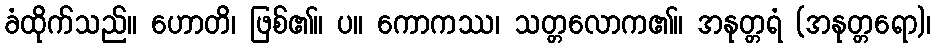
ခံထိုက်သည်။ ဟောတိ၊ ဖြစ်၏။ ပ။ ကောကဿ၊ သတ္တလောက၏။ အနုတ္တရံ (အနုတ္တရော)၊